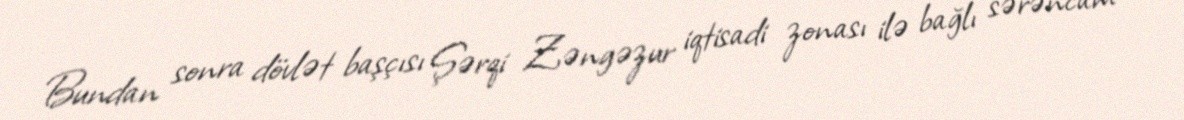
Bundan sonra dövlət başçısı Şərqi Zəngəzur iqtisadi zonası ilə bağlı sərəncam